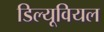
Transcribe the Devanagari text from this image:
डिल्यूवियल